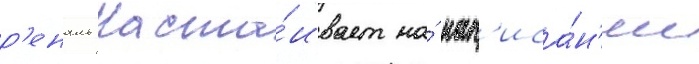
р'еналь наста́ивает на́ нап'иса́н'ии